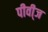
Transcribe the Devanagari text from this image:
पीवी्ज